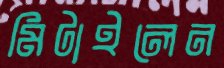
মিটাইলেন